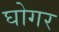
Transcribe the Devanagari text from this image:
घोगर